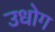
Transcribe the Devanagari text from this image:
उधाेग